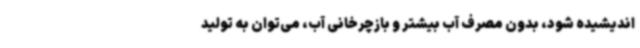
اندیشیده شود، بدون مصرف آب بیشتر و بازچرخانی آب، می‌توان به تولید